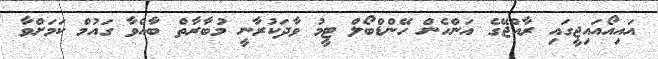
އައިއޯއައިޖީގައި ރާއްޖޭގެ އަންހެން ހޭންޑްބޯލް ޓީމު ވާދަކުރާނީ މުބާރާތް ބާއްވާ ގައުމް ކަމަށްވާ